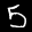
Label: 5